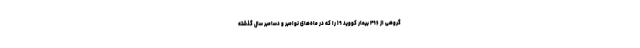
گروهی از ۴۹۶ بیمار کووید ۱۹ را که در ماه‌های نوامبر و دسامبر سال گذشته